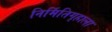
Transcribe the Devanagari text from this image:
निर्मितिगृहाला